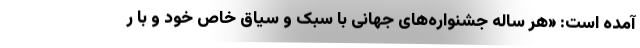
آمده است: «هر ساله جشنواره‌های جهانی با سبک و سیاق خاص خود و با ر